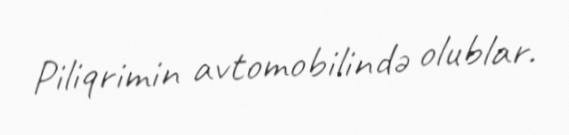
Piliqrimin avtomobilində olublar.